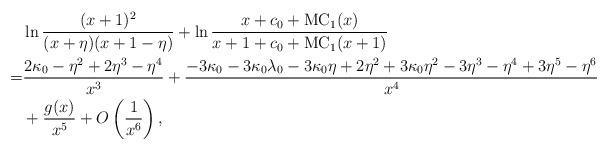
LaTeX: \begin{align*}&\ln\frac{(x+1)^2}{(x+\eta)(x+1-\eta)}+\ln \frac{x+c_0+\mathrm{MC}_1(x)}{x+1+c_0+\mathrm{MC}_1(x+1)}\\=&\frac{2 \kappa_0 - \eta^2 + 2 \eta^3 - \eta^4}{x^3}+\frac{-3 \kappa_0 - 3 \kappa_0 \lambda_0 - 3 \kappa_0 \eta + 2 \eta^2 + 3 \kappa_0 \eta^2 - 3 \eta^3 - \eta^4 + 3 \eta^5 - \eta^6}{x^4}\\&+\frac{g(x)}{x^5}+O\left(\frac{1}{x^6}\right),\end{align*}